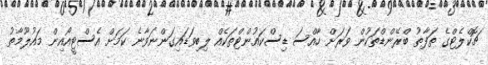
ޗޮކްލެޓްގެ ތަފާތު ބްރޭންޑްތަކުން ވަރަށް ހާއްސަ ޑިސްކައުންޓްތަކެއް ލިބިވަޑައިގަންނަވާނެ ކަަމަށް އެސްޓީއޯއިން މައުލޫމާތު